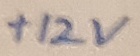
Text: +12V